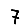
Digit: 7